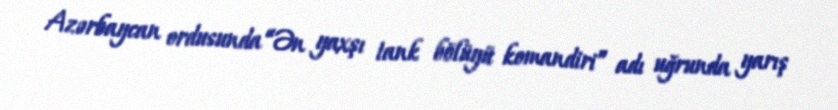
Azərbaycan ordusunda “Ən yaxşı tank bölüyü komandiri” adı uğrunda yarış